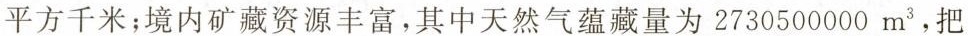
千米；境内矿藏资源丰富，其中天然气蕴藏量为 2730500000m^{3}，把